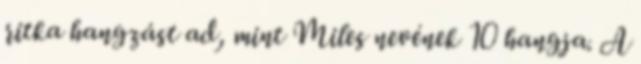
ritka hangzást ad, mint Miles nevének 10 hangja. A